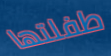
طفلتها